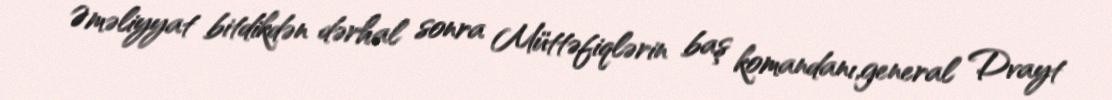
Əməliyyat bitdikdən dərhal sonra Müttəfiqlərin baş komandanı,general Dvayt